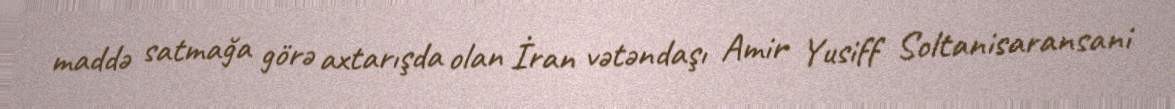
maddə satmağa görə axtarışda olan İran vətəndaşı Amir Yusiff Soltanisaransani